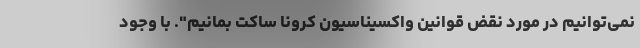
نمی‌توانیم در مورد نقض قوانین واکسیناسیون کرونا ساکت بمانیم". با وجود